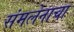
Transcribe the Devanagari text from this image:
संमलेनाचा